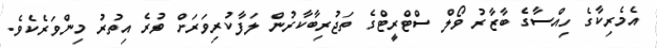
އެމެރިކާގެ ހިއްސާގެ ބާޒާރު ވޯލް ސްޓްރީޓްގެ ތަޖުރިބާކާރުން ލަފާކުރިވަރަށް ވުރެ އިތުރު މިންވަރެކެވެ.